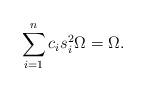
LaTeX: \begin{align*}\sum_{i=1}^{n}c_{i}s_{i}^2\Omega=\Omega.\end{align*}